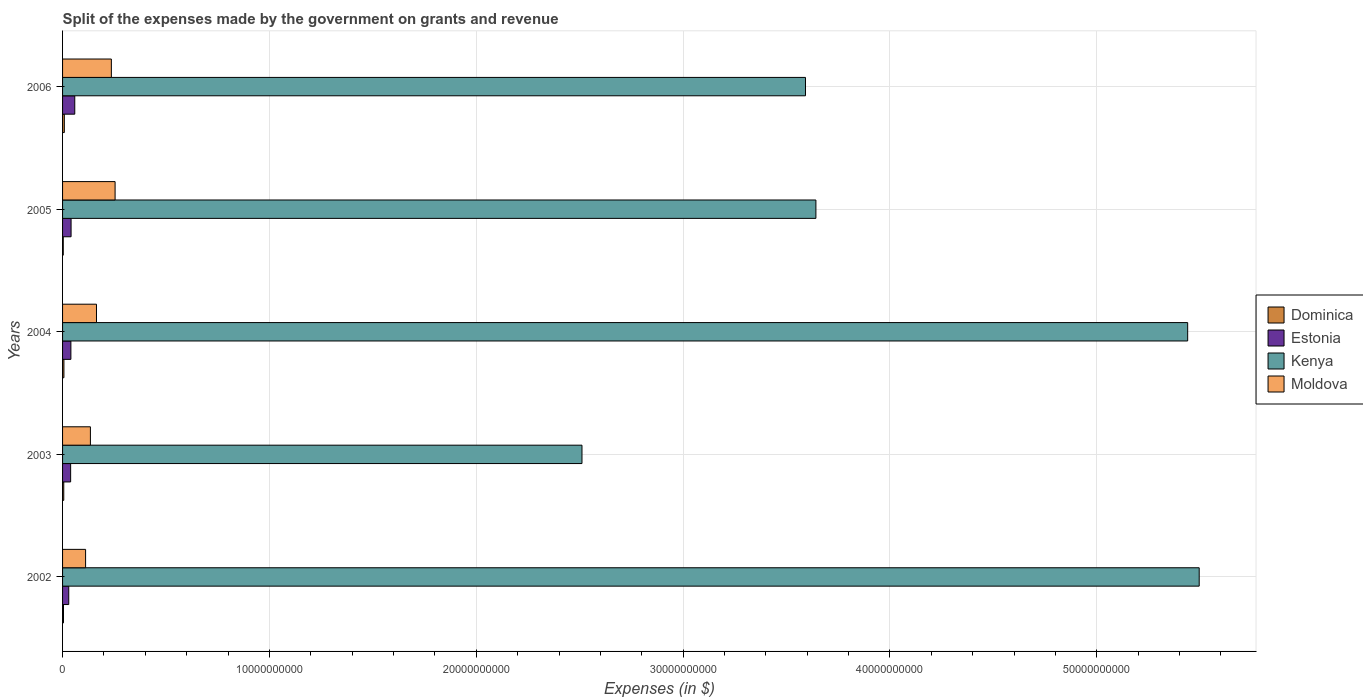
| Years | Dominica | Estonia | Kenya | Moldova |
 | --- | --- | --- | --- | --- |
 | 2002 | 4.49e+07 | 2.99e+08 | 5.49e+10 | 1.11e+09 |
 | 2003 | 5.81e+07 | 3.9e+08 | 2.51e+10 | 1.35e+09 |
 | 2004 | 6.56e+07 | 4.03e+08 | 5.44e+10 | 1.64e+09 |
 | 2005 | 3.38e+07 | 4.11e+08 | 3.64e+10 | 2.54e+09 |
 | 2006 | 8.5e+07 | 5.9e+08 | 3.59e+10 | 2.36e+09 |